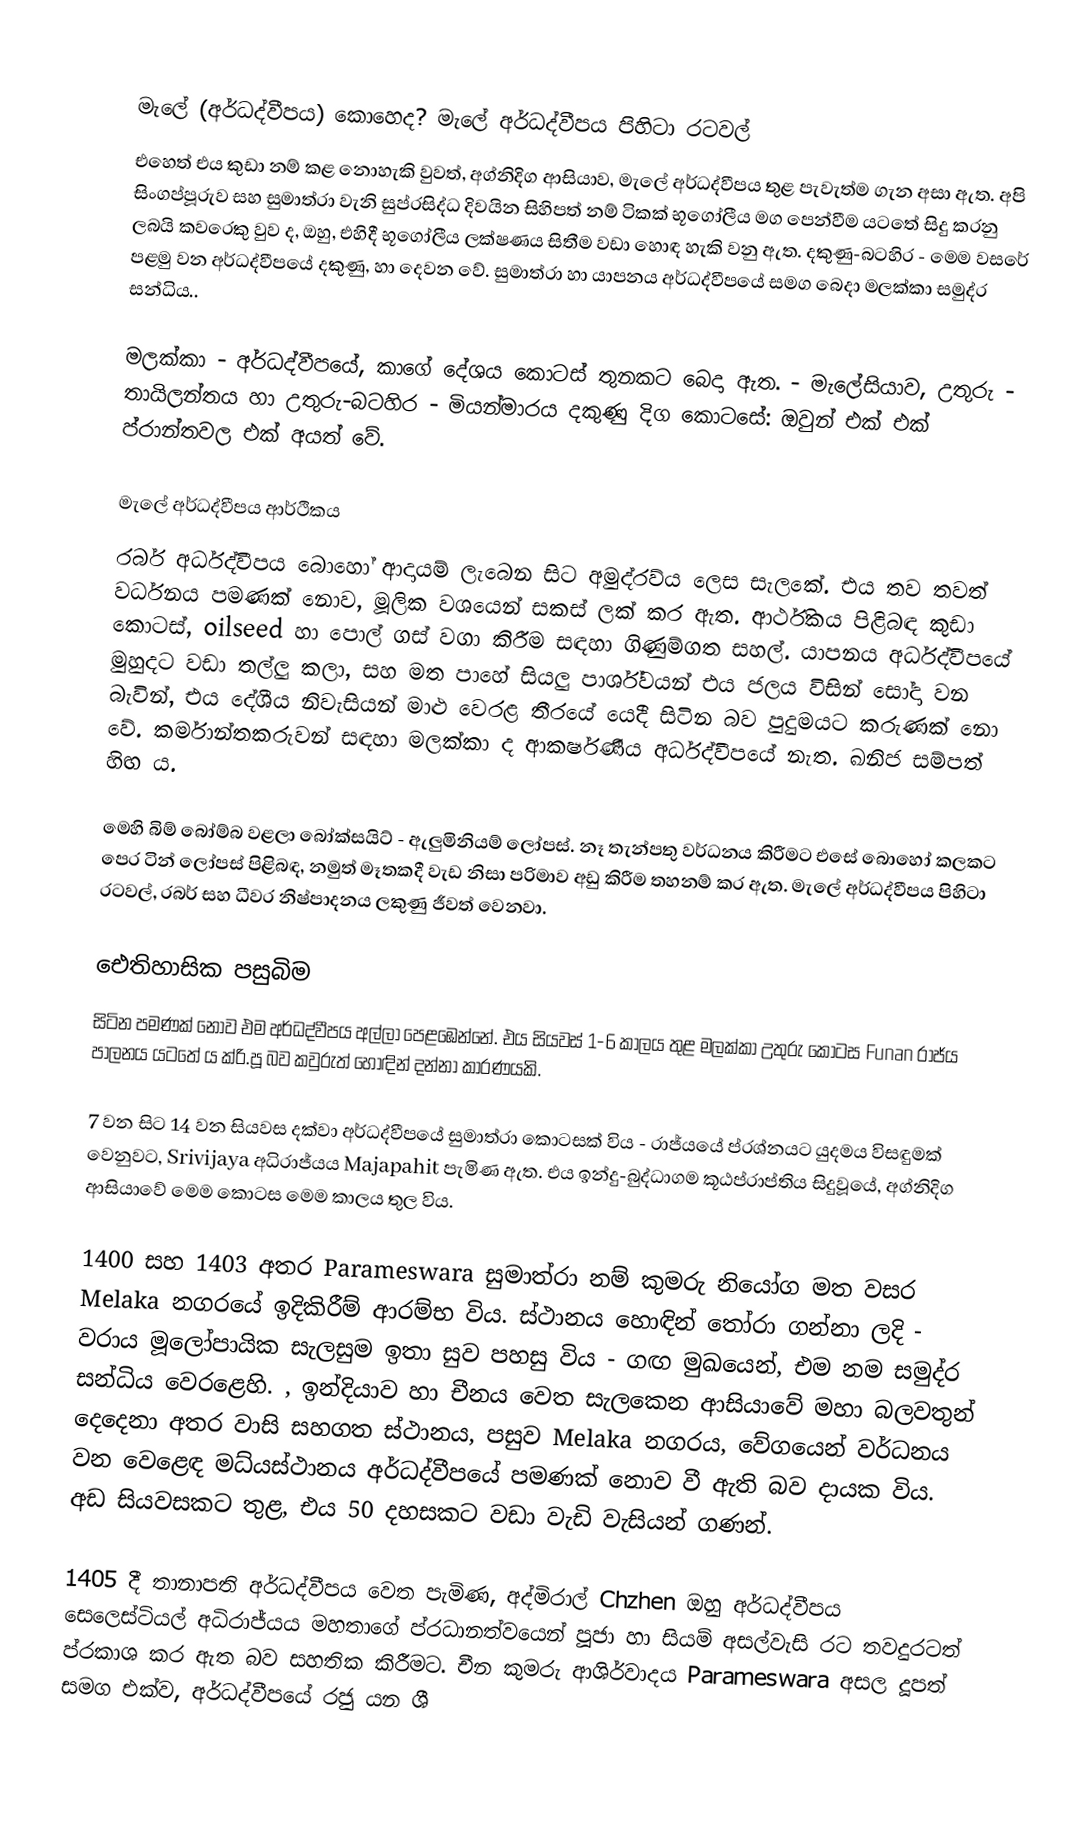

මැලේ (අර්ධද්වීපය) කොහෙද? මැලේ අර්ධද්වීපය පිහිටා රටවල්
එහෙත් එය කුඩා නම් කළ නොහැකි වුවත්, අග්නිදිග ආසියාව, මැලේ අර්ධද්වීපය තුළ පැවැත්ම ගැන අසා ඇත. අපි සිංගප්පූරුව සහ සුමාත්රා වැනි සුප්රසිද්ධ දිවයින සිහිපත් නම් ටිකක් භූගෝලීය මග පෙන්වීම යටතේ සිදු කරනු ලබයි කවරෙකු වුව ද, ඔහු, එහිදී භූගෝලීය ලක්ෂණය සිතීම වඩා හොඳ හැකි වනු ඇත. දකුණු-බටහිර - මෙම වසරේ පළමු වන අර්ධද්වීපයේ දකුණු, හා දෙවන වේ. සුමාත්රා හා යාපනය අර්ධද්වීපයේ සමග බෙදා මලක්කා සමුද්ර සන්ධිය..

මලක්කා - අර්ධද්වීපයේ, කාගේ දේශය කොටස් තුනකට බෙදා ඇත. - මැලේසියාව, උතුරු - තායිලන්තය හා උතුරු-බටහිර - මියන්මාරය දකුණු දිග කොටසේ: ඔවුන් එක් එක් ප්රාන්තවල එක් අයත් වේ.

මැලේ අර්ධද්වීපය ආර්ථිකය
රබර් අර්ධද්වීපය බොහෝ ආදායම් ලැබෙන සිට අමුද්රව්ය ලෙස සැලකේ. එය තව තවත් වර්ධනය පමණක් නොව, මූලික වශයෙන් සකස් ලක් කර ඇත. ආර්ථිකය පිළිබඳ කුඩා කොටස්, oilseed හා පොල් ගස් වගා කිරීම සඳහා ගිණුම්ගත සහල්. යාපනය අර්ධද්වීපයේ මුහුදට වඩා තල්ලු කලා, සහ මත පාහේ සියලු පාර්ශ්වයන් එය ජලය විසින් සෝදා වන බැවින්, එය දේශීය නිවැසියන් මාළු වෙරළ තීරයේ යෙදී සිටින බව පුදුමයට කරුණක් නො වේ. කර්මාන්තකරුවන් සඳහා මලක්කා ද ආකර්ෂණීය අර්ධද්වීපයේ නැත. ඛනිජ සම්පත් හිඟ ය.

මෙහි බිම් බෝම්බ වළලා බෝක්සයිට් - ඇලුමිනියම් ලෝපස්. නෑ තැන්පතු වර්ධනය කිරීමට එසේ බොහෝ කලකට පෙර ටින් ලෝපස් පිළිබඳ, නමුත් මෑතකදී වැඩ නිසා පරිමාව අඩු කිරීම තහනම් කර ඇත. මැලේ අර්ධද්වීපය පිහිටා රටවල්, රබර් සහ ධීවර නිෂ්පාදනය ලකුණු ජීවත් වෙනවා.

ඓතිහාසික පසුබිම
සිටින පමණක් නොව එම අර්ධද්වීපය අල්ලා පෙළඹෙන්නේ. එය සියවස් 1-6 කාලය තුළ මලක්කා උතුරු කොටස Funan රාජ්ය පාලනය යටතේ ය ක්රි.පූ බව කවුරුත් හොඳින් දන්නා කාරණයකි.

7 වන සිට 14 වන සියවස දක්වා අර්ධද්වීපයේ සුමාත්රා කොටසක් විය - රාජ්යයේ ප්රශ්නයට යුදමය විසඳුමක් වෙනුවට, Srivijaya අධිරාජ්යය Majapahit පැමිණ ඇත. එය ඉන්දු-බුද්ධාගම කූඨප්රාප්තිය සිදුවූයේ, අග්නිදිග ආසියාවේ මෙම කොටස මෙම කාලය තුල විය.

1400 සහ 1403 අතර Parameswara සුමාත්රා නම් කුමරු නියෝග මත වසර Melaka නගරයේ ඉදිකිරීම් ආරම්භ විය. ස්ථානය හොඳින් තෝරා ගන්නා ලදි - වරාය මූලෝපායික සැලසුම ඉතා සුව පහසු විය - ගඟ මුඛයෙන්, එම නම සමුද්ර සන්ධිය වෙරළෙහි. , ඉන්දියාව හා චීනය වෙත සැලකෙන ආසියාවේ මහා බලවතුන් දෙදෙනා අතර වාසි සහගත ස්ථානය, පසුව Melaka නගරය, වේගයෙන් වර්ධනය වන වෙළෙඳ මධ්යස්ථානය අර්ධද්වීපයේ පමණක් නොව වී ඇති බව දායක විය. අඩ සියවසකට තුළ, එය 50 දහසකට වඩා වැඩි වැසියන් ගණන්.

1405 දී තානාපති අර්ධද්වීපය වෙත පැමිණ, අද්මිරාල් Chzhen ඔහු අර්ධද්වීපය සෙලෙස්ටියල් අධිරාජ්යය මහතාගේ ප්රධානත්වයෙන් පූජා හා සියම් අසල්වැසි රට තවදුරටත් ප්රකාශ කර ඇත බව සහතික කිරීමට. චීන කුමරු ආශිර්වාදය Parameswara අසල දූපත් සමග එක්ව, අර්ධද්වීපයේ රජු යන ශී